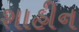
શાહીન